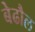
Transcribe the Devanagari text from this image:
बेढौल